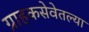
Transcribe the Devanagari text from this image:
ग्राहकसेवेतल्या